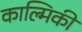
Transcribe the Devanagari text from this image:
काल्मिकी